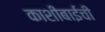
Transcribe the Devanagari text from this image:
काशीबाईची